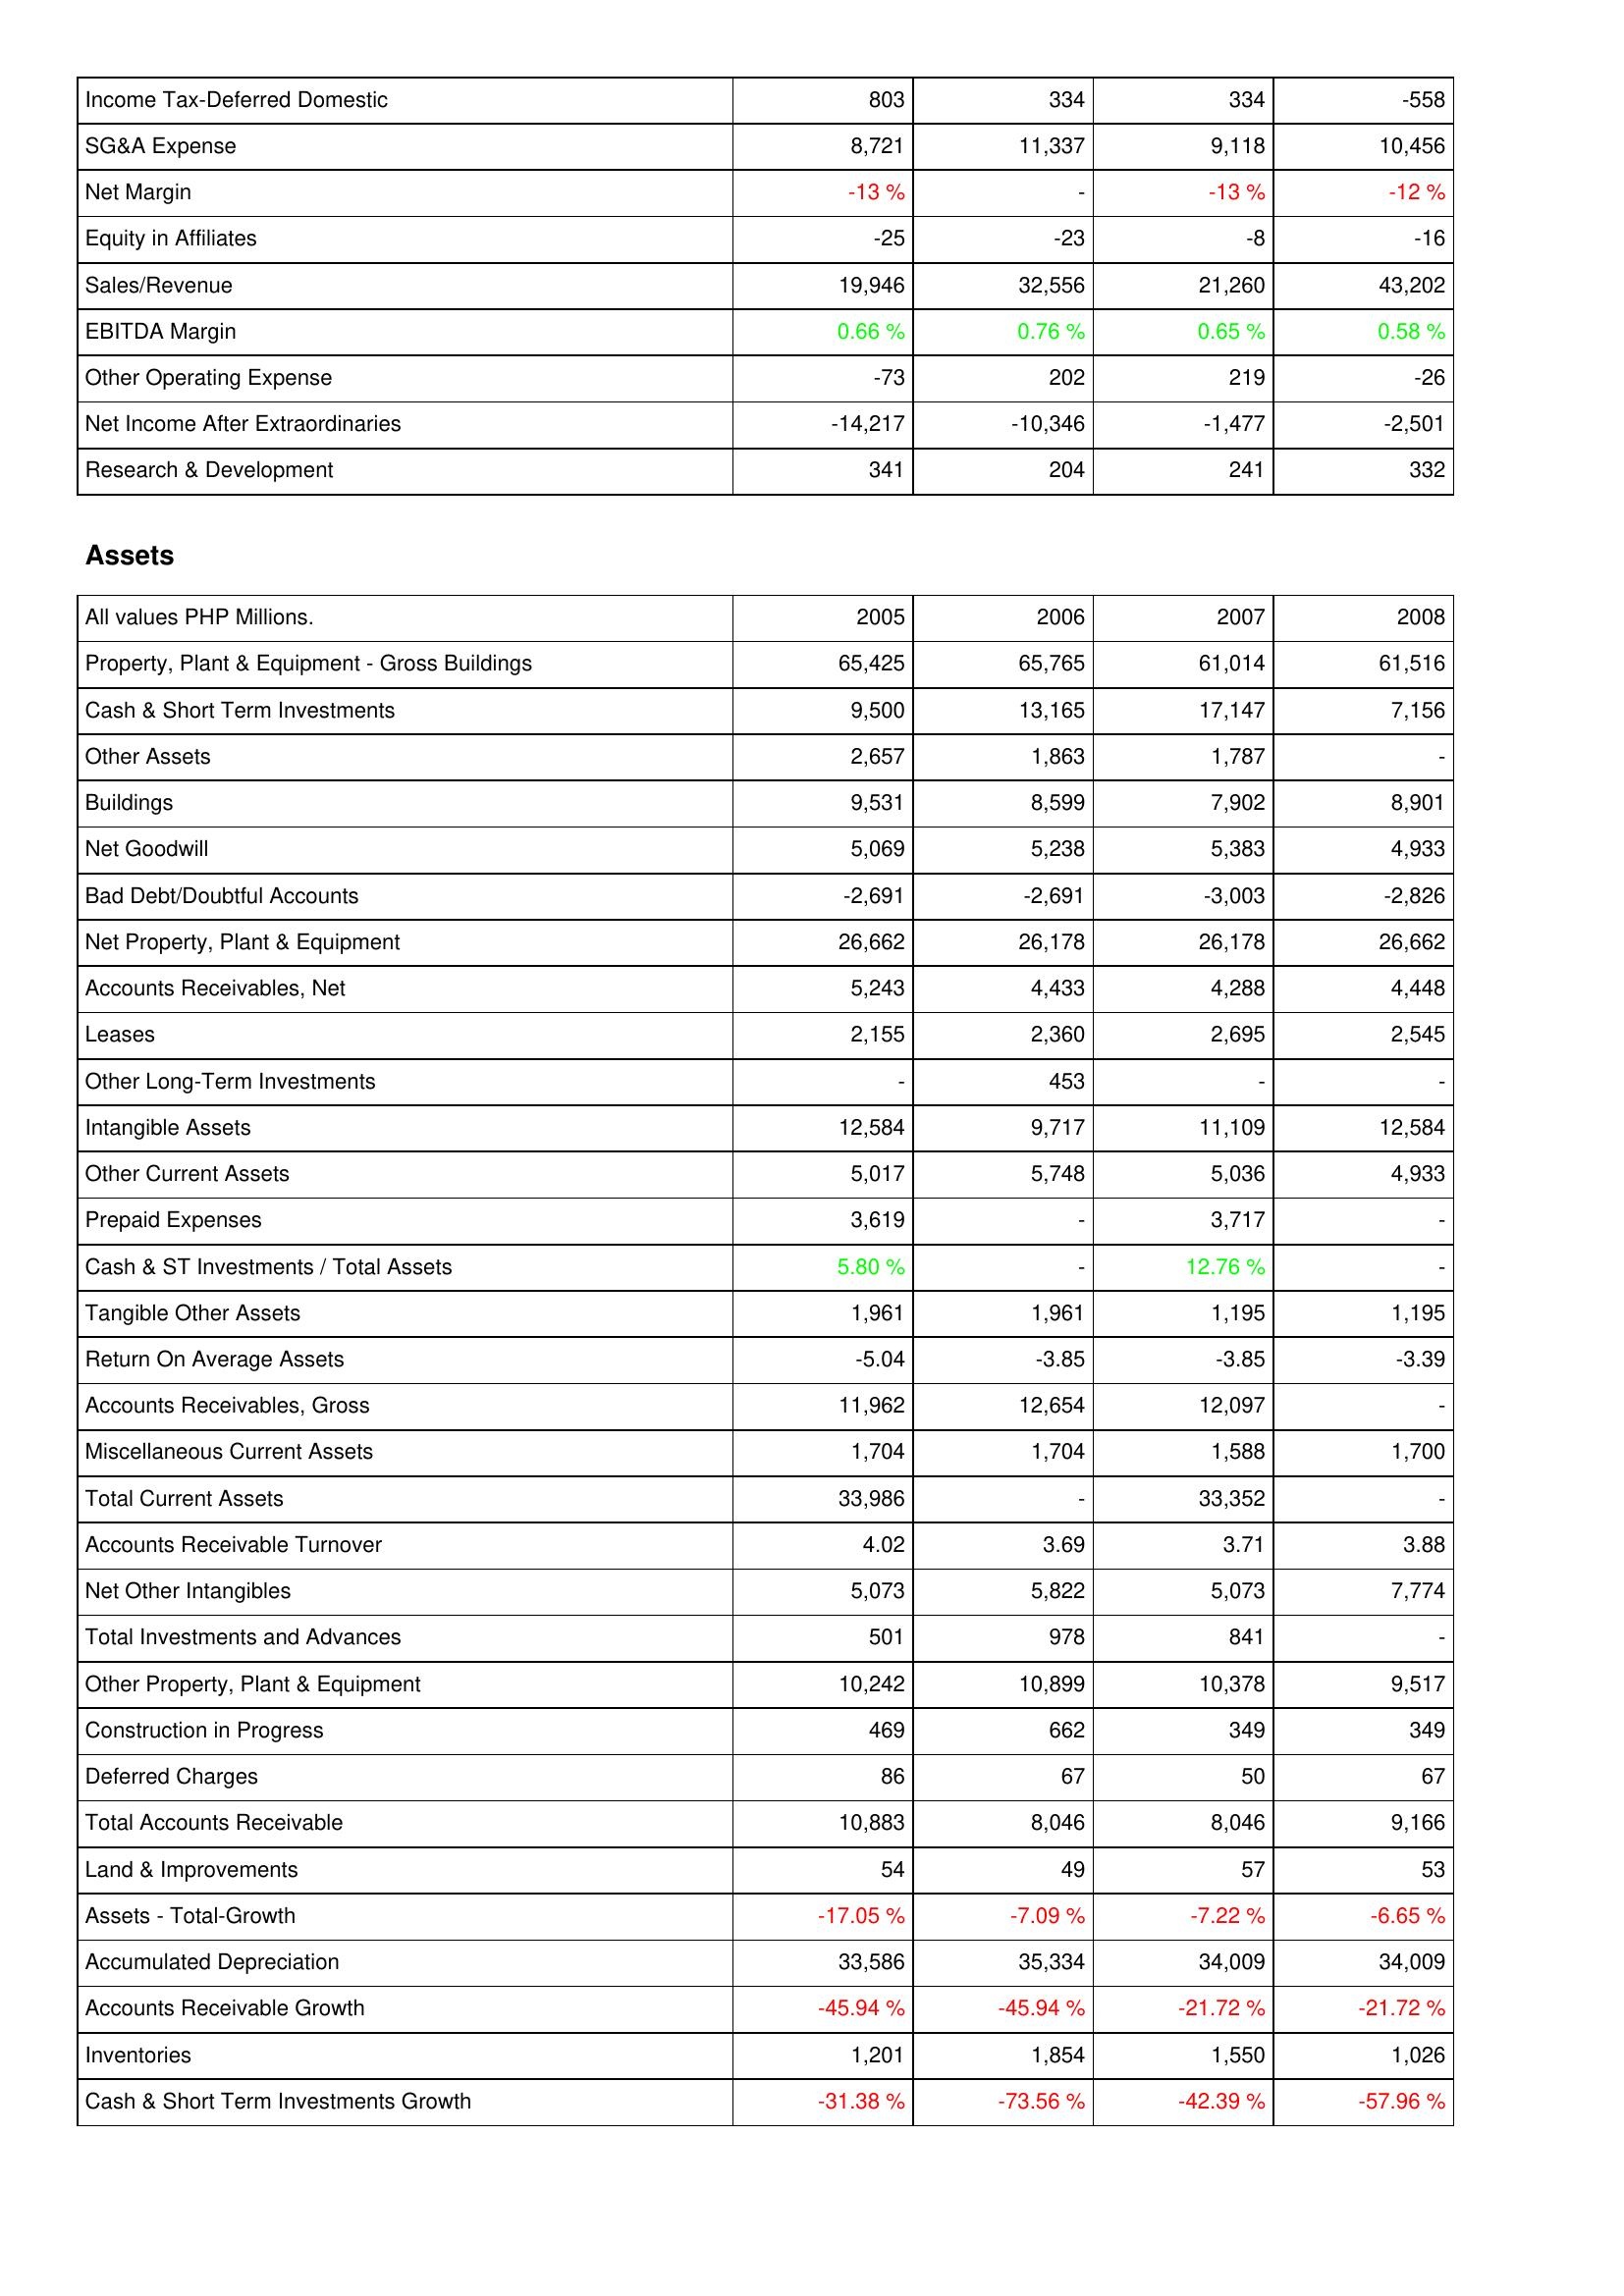
2005: Income Statement: Income Tax-Deferred Domestic: 803
SG&A Expense: 8,721
Net Margin: -13 %
Equity in Affiliates: -25
Sales/Revenue: 19,946
EBITDA Margin: 0.66 %
Other Operating Expense: -73
Net Income After Extraordinaries: -14,217
Research & Development: 341
Assets: Property, Plant & Equipment - Gross Buildings: 65,425
Cash & Short Term Investments: 9,500
Other Assets: 2,657
Buildings: 9,531
Net Goodwill: 5,069
Bad Debt/Doubtful Accounts: -2,691
Net Property, Plant & Equipment: 26,662
Accounts Receivables, Net: 5,243
Leases: 2,155
Other Long-Term Investments: -
Intangible Assets: 12,584
Other Current Assets: 5,017
Prepaid Expenses: 3,619
Cash & ST Investments / Total Assets: 5.80 %
Tangible Other Assets: 1,961
Return On Average Assets: -5.04
Accounts Receivables, Gross: 11,962
Miscellaneous Current Assets: 1,704
Total Current Assets: 33,986
Accounts Receivable Turnover: 4.02
Net Other Intangibles: 5,073
Total Investments and Advances: 501
Other Property, Plant & Equipment: 10,242
Construction in Progress: 469
Deferred Charges: 86
Total Accounts Receivable: 10,883
Land & Improvements: 54
Assets - Total-Growth: -17.05 %
Accumulated Depreciation: 33,586
Accounts Receivable Growth: -45.94 %
Inventories: 1,201
Cash & Short Term Investments Growth: -31.38 %
2006: Income Statement: Income Tax-Deferred Domestic: 334
SG&A Expense: 11,337
Net Margin: -
Equity in Affiliates: -23
Sales/Revenue: 32,556
EBITDA Margin: 0.76 %
Other Operating Expense: 202
Net Income After Extraordinaries: -10,346
Research & Development: 204
Assets: Property, Plant & Equipment - Gross Buildings: 65,765
Cash & Short Term Investments: 13,165
Other Assets: 1,863
Buildings: 8,599
Net Goodwill: 5,238
Bad Debt/Doubtful Accounts: -2,691
Net Property, Plant & Equipment: 26,178
Accounts Receivables, Net: 4,433
Leases: 2,360
Other Long-Term Investments: 453
Intangible Assets: 9,717
Other Current Assets: 5,748
Prepaid Expenses: -
Cash & ST Investments / Total Assets: -
Tangible Other Assets: 1,961
Return On Average Assets: -3.85
Accounts Receivables, Gross: 12,654
Miscellaneous Current Assets: 1,704
Total Current Assets: -
Accounts Receivable Turnover: 3.69
Net Other Intangibles: 5,822
Total Investments and Advances: 978
Other Property, Plant & Equipment: 10,899
Construction in Progress: 662
Deferred Charges: 67
Total Accounts Receivable: 8,046
Land & Improvements: 49
Assets - Total-Growth: -7.09 %
Accumulated Depreciation: 35,334
Accounts Receivable Growth: -45.94 %
Inventories: 1,854
Cash & Short Term Investments Growth: -73.56 %
2007: Income Statement: Income Tax-Deferred Domestic: 334
SG&A Expense: 9,118
Net Margin: -13 %
Equity in Affiliates: -8
Sales/Revenue: 21,260
EBITDA Margin: 0.65 %
Other Operating Expense: 219
Net Income After Extraordinaries: -1,477
Research & Development: 241
Assets: Property, Plant & Equipment - Gross Buildings: 61,014
Cash & Short Term Investments: 17,147
Other Assets: 1,787
Buildings: 7,902
Net Goodwill: 5,383
Bad Debt/Doubtful Accounts: -3,003
Net Property, Plant & Equipment: 26,178
Accounts Receivables, Net: 4,288
Leases: 2,695
Other Long-Term Investments: -
Intangible Assets: 11,109
Other Current Assets: 5,036
Prepaid Expenses: 3,717
Cash & ST Investments / Total Assets: 12.76 %
Tangible Other Assets: 1,195
Return On Average Assets: -3.85
Accounts Receivables, Gross: 12,097
Miscellaneous Current Assets: 1,588
Total Current Assets: 33,352
Accounts Receivable Turnover: 3.71
Net Other Intangibles: 5,073
Total Investments and Advances: 841
Other Property, Plant & Equipment: 10,378
Construction in Progress: 349
Deferred Charges: 50
Total Accounts Receivable: 8,046
Land & Improvements: 57
Assets - Total-Growth: -7.22 %
Accumulated Depreciation: 34,009
Accounts Receivable Growth: -21.72 %
Inventories: 1,550
Cash & Short Term Investments Growth: -42.39 %
2008: Income Statement: Income Tax-Deferred Domestic: -558
SG&A Expense: 10,456
Net Margin: -12 %
Equity in Affiliates: -16
Sales/Revenue: 43,202
EBITDA Margin: 0.58 %
Other Operating Expense: -26
Net Income After Extraordinaries: -2,501
Research & Development: 332
Assets: Property, Plant & Equipment - Gross Buildings: 61,516
Cash & Short Term Investments: 7,156
Other Assets: -
Buildings: 8,901
Net Goodwill: 4,933
Bad Debt/Doubtful Accounts: -2,826
Net Property, Plant & Equipment: 26,662
Accounts Receivables, Net: 4,448
Leases: 2,545
Other Long-Term Investments: -
Intangible Assets: 12,584
Other Current Assets: 4,933
Prepaid Expenses: -
Cash & ST Investments / Total Assets: -
Tangible Other Assets: 1,195
Return On Average Assets: -3.39
Accounts Receivables, Gross: -
Miscellaneous Current Assets: 1,700
Total Current Assets: -
Accounts Receivable Turnover: 3.88
Net Other Intangibles: 7,774
Total Investments and Advances: -
Other Property, Plant & Equipment: 9,517
Construction in Progress: 349
Deferred Charges: 67
Total Accounts Receivable: 9,166
Land & Improvements: 53
Assets - Total-Growth: -6.65 %
Accumulated Depreciation: 34,009
Accounts Receivable Growth: -21.72 %
Inventories: 1,026
Cash & Short Term Investments Growth: -57.96 %